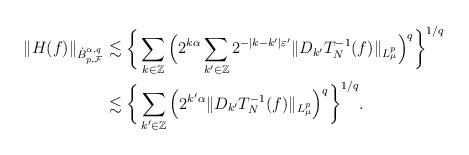
LaTeX: \begin{align*}\|H(f)\|_{\dot {B}^{\alpha,q}_{p,\mathcal F}}&\lesssim \bigg\{\sum_{k\in \Bbb Z} \Big(2^{k\alpha}\sum_{k'\in \Bbb Z} 2^{-|k-k'|\varepsilon'}\|D_{k'}T_N^{-1}(f)\|_{L^p_\mu}\Big)^q\bigg\}^{1/q} \\&\lesssim \bigg\{\sum_{k'\in \Bbb Z} \Big(2^{k'\alpha}\|D_{k'}T_N^{-1}(f)\|_{L^p_\mu}\Big)^q\bigg\}^{1/q}.\end{align*}